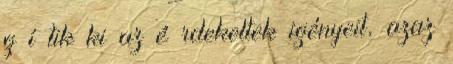
g í tik ki az é rdekeltek igényeit, azaz